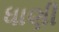
ધાણી